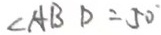
\angle A B D = 5 0 ^ { \circ }